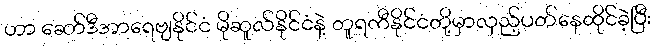
ဟာ ဆော်ဒီအာရေဗျနိုင်ငံ မိုဆူလ်နိုင်ငံနဲ့ တူရကီနိုင်ငံတို့မှာလှည့်ပတ်နေထိုင်ခဲ့ပြီး